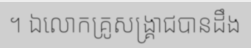
។ ឯលោកគ្រូសង្គ្រាជបានដឹង